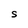
Character: S